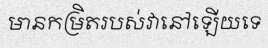
មានកម្រិតរបស់វានៅឡើយទេ